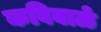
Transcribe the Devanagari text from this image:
कविबाळे